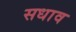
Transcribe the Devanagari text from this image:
सधाव